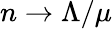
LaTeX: n\to\Lambda/\mu